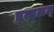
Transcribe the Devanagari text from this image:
इत्यलम्